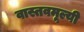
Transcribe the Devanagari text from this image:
वास्तवमूल्यी